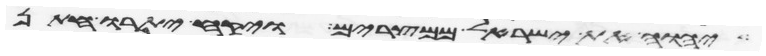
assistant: יהוה את ישראל ממצרים ויקח יתרו חתן